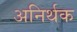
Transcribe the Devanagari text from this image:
अनिर्थक